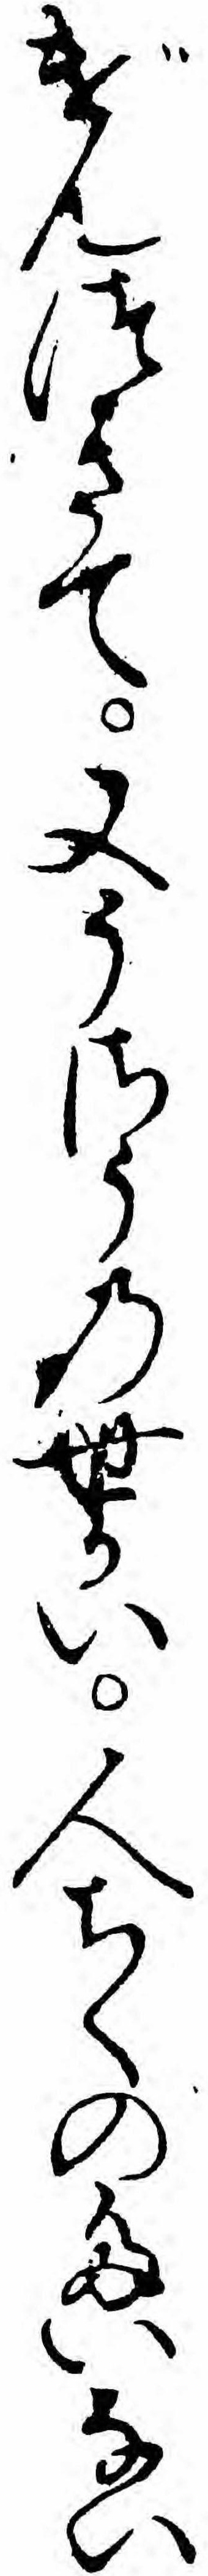
げんつきて又うさうの世かい人ちくのたいない